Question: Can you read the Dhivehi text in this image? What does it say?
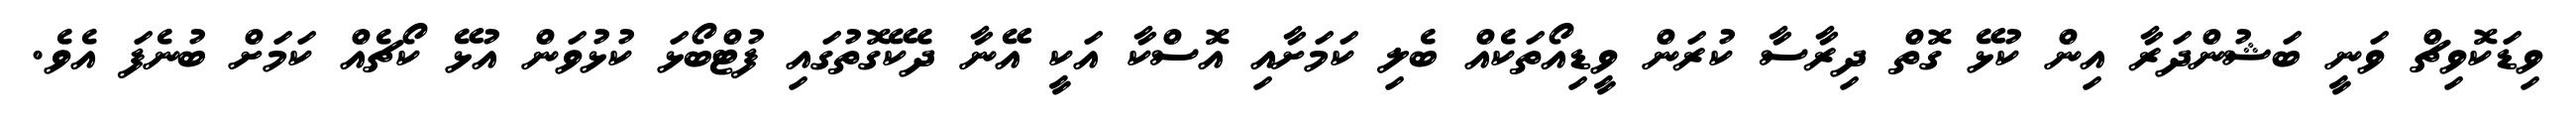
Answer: ވިޑަކޮވިޗް ވަނީ ބަޝުންދަރާ އިން ކުޅޭ ގޮތް ދިރާސާ ކުރަން ވީޑިއޯތަކެއް ބެލި ކަމަށާއި އޮސްކާ އަކީ އޭނާ ދެކޭގޮތުގައި ފުޓްބޯޅަ ކުޅުވަން އުޅޭ ކޯޗެއް ކަމަށް ބުނެފަ އެވެ.